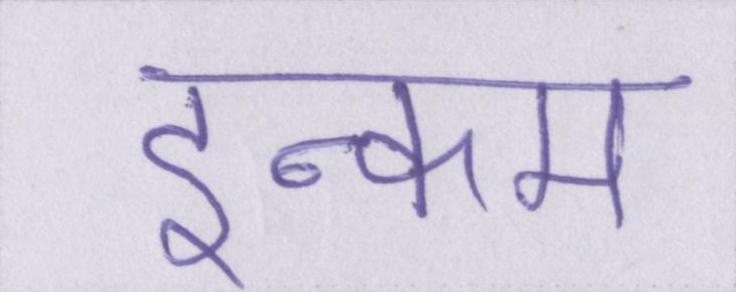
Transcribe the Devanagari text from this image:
इन्कम